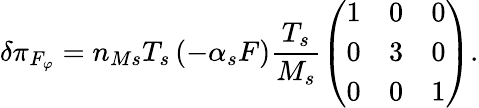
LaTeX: \delta\pi_{F_{\varphi}}=n_{Ms}T_{s}\left(-\alpha_{s}F\right)\frac{T_{s}}{M_{s}}\left(\begin{array}{ccc}{1}&{0}&{0}\\ {0}&{3}&{0}\\ {0}&{0}&{1}\end{array}\right).